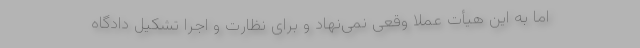
اما به این هیأت عملا وقعی نمی‌نهاد و برای نظارت و اجرا تشکیل دادگاه